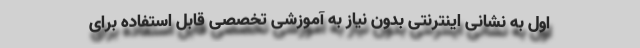
اول به نشانی اینترنتی بدون نیاز به آموزشی تخصصی قابل استفاده برای